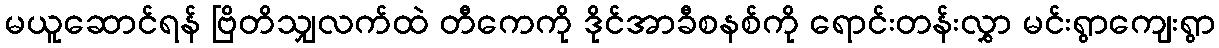
မယူဆောင်ရန် ဗြိတိသျှလက်ထဲ တီကေကို ဒိုင်အာခီစနစ်ကို ရောင်းတန်းလွှာ မင်းရွာကျေးရွာ